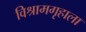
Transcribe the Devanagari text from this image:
विश्रामगृहाला